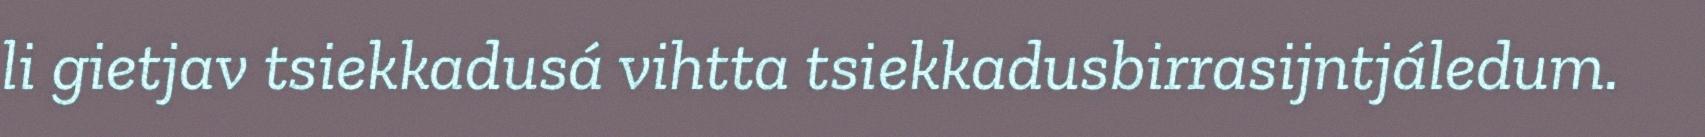
li gietjav tsiekkadusá vihtta tsiekkadusbirrasijntjáledum.